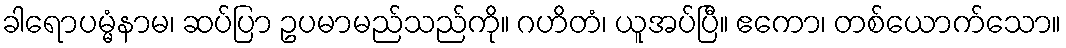
ခါရောပမ္မံနာမ၊ ဆပ်ပြာ ဥပမာမည်သည်ကို။ ဂဟိတံ၊ ယူအပ်ပြီ။ ဧကော၊ တစ်ယောက်သော။